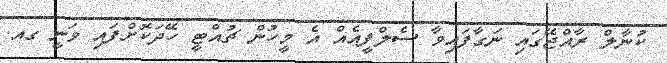
ކުނާލް ރާއްޖޭގައި ނަގާފައިވާ ސެލްފީއެއް އެ މީހުން ޗުއްޓީ ހޭދަކޮށްފައި ވަނީ ގއ.